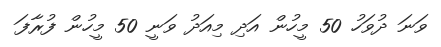
ވަނަ ދުވަހު 50 މީހުން އަދި މިއަދު ވަނީ 50 މީހުން ފުރާފަ